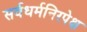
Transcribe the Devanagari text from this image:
सर्वधर्मनिरपेक्ष